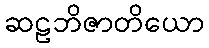
ဆဠဘိဇာတိယော